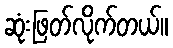
ဆုံးဖြတ်လိုက်တယ်။